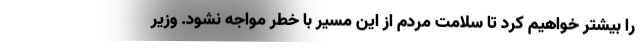
را بیشتر خواهیم کرد تا سلامت مردم از این مسیر با خطر مواجه نشود. وزیر